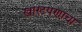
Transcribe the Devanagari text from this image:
खारटपणाचा